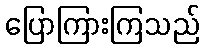
ပြောကြားကြသည်